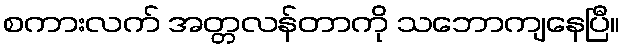
စကားလက် အတ္တလန်တာကို သဘောကျနေပြီ။